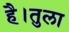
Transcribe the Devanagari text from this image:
है।तुला